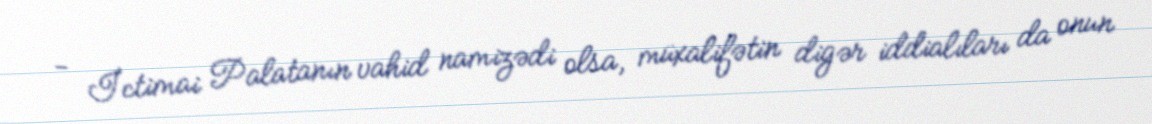
- İctimai Palatanın vahid namizədi olsa, müxalifətin digər iddialıları da onun